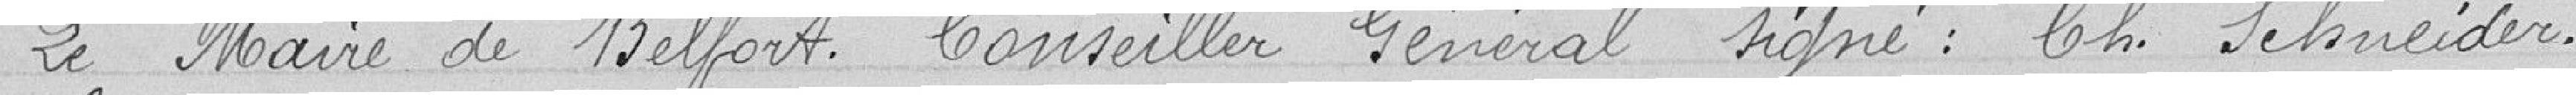
Le Maire de Belfort, Conseiller Général signé : Ch. Schneider.